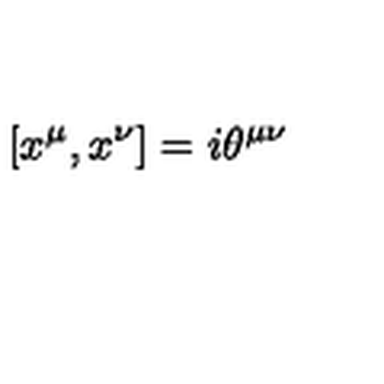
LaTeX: [ x ^ { \mu } , x ^ { \nu } ] = i \theta ^ { \mu \nu }